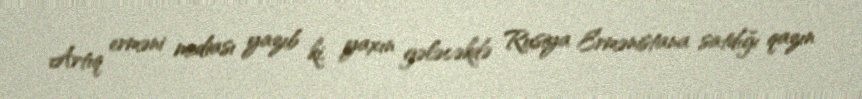
Artıq erməni mediası yazıb ki, yaxın gələcəkdə Rusiya Ermənistana satdığı qazın